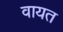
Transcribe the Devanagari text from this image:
वायत